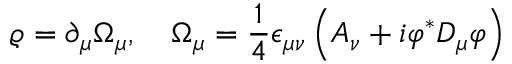
\varrho = \partial _ { \mu } \Omega _ { \mu } , \quad \Omega _ { \mu } = \frac 1 4 \epsilon _ { \mu \nu } \left( A _ { \nu } + i \varphi ^ { * } D _ { \mu } \varphi \right)